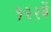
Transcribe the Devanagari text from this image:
१२२वें